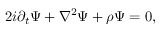
2 i \partial _ { t } \Psi + \nabla ^ { 2 } \Psi + { \rho } \Psi = 0 ,